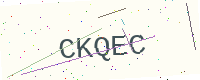
Text: CKQEC